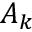
A _ { k }